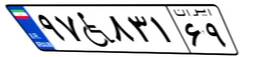
۲۱W۲۴۹۳۲